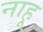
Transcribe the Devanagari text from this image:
नाहू